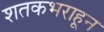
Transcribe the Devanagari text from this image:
शतकभराहून